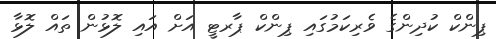
ޕިންކް ކުދިންގެ ވެރިކަމުގައި ޕިންކް ޕާރޓީ އަށް އައި ލޮޅުން ތައް ލޮޅާ